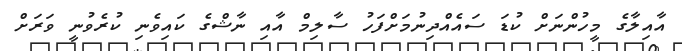
އާއިލާގެ މީހުންނަށް ކުޑަ ސައެއްދިނުމަށްފަހު ސާލިމް އާއި ނާޝްގެ ކައިވެނި ކުރެވުނީ ވަރަށް